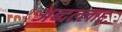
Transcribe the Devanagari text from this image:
अब्दल्लाह